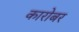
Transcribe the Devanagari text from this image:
कारोबर